King Institute of Preventive Medicine Micro-Biological Section reports 1909-11
Year: 1909
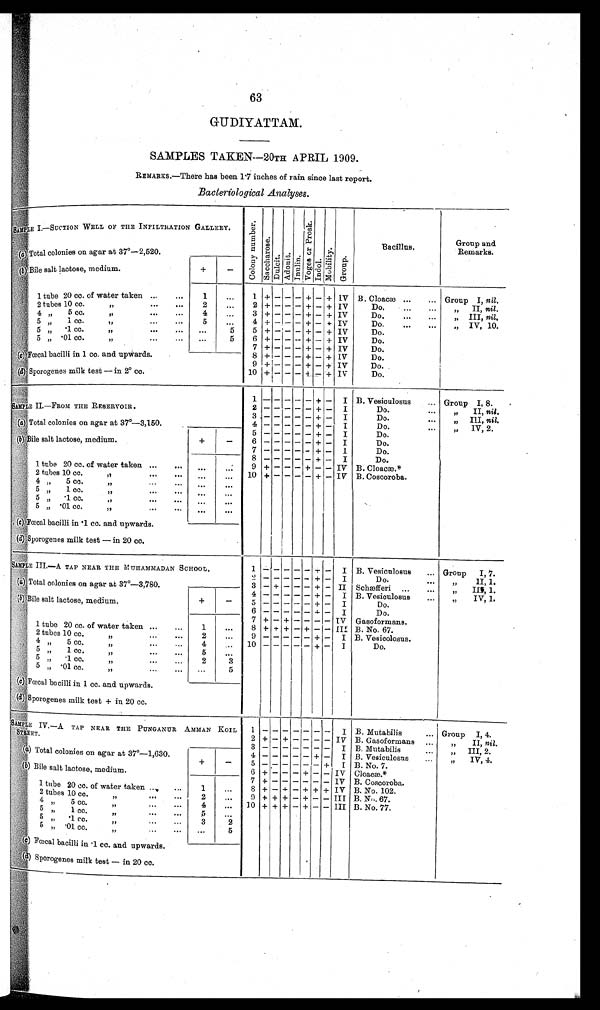
63
G UDIYATTAM.
SAMPLES TAKEN
—20TH APRIL 1909.
REMARKS.—There has been 1·7 inches of rain since last report
Bacteriological Analyses.
SAMPLE I.—SUCTION WELL OF THE INFILTRATION GALLERY.
C o l o n y n u m b e r . S a c c h a r o s e . Du l c i t . Ad o n i t e . I n u l i n . V o g e s o r P r o s k . I n d o l . M o b i l i t y . Gr oup.
Bacillus.
Group and
Remarks.
(a) Total colonies on agar at 37º—
2,520.
( b) Bi l e s al t l act os e, medi um.
+
—
1 tube 20 cc. of water taken ... . . . 1 ... 1 + — — — + —+ + IV B. Cloacæ ... ... Group I, nil.
2 tubes 10 cc.
, ,
. . .
. . . 2 ... 2 +
— — —
+ — + IV
Do. ... ...
,, II, nil.
4 „ 5 cc.
,, . . .
. . . 4
. . . 3 + — — — + — + IV
Do. ... ... „ III, nil.
5
, ,
1 c c .
, ,
. . .
. . . 5
. . . 4 + — —
—
+ — + IV
Do. ... ... „ IV, 10.
5 ,, ·1 cc. ,, ... ...
. . .
5 5 + — — — + — + IV
Do.
5
· 0 1 c c .
, ,
. . .
. . . ...
5 6 + — —
—
+ — + IV
Do.
7 + — — — + — + IV
Do.
(c) Fœcal bacilli in 1 cc. and upwards.
8 + — — — + — + IV
Do.
9 +
— — —
+ —+ + IV
Do.
(d) Sporogenes mi l k t est —i n 2° cc.
10 +
—
— — + — + IV
Do.
1 — — — — — + — I B. Vesiculosus ... Group I, 8.
SAMPLE II.—FROM THE RESERVOIR.
2
— — — — —
+ — I
Do. ... „ II, nil.
3
— — — — —
+ — I
Do. ... „ III, nil.
(a) Total colonies on agar at 37°—
3,150.
4
— — — — —
+ — I
Do. ...
IV, 2.
5
— — — — —
+ — I
Do.
(b) Bi l e sal t l act ose, medi um.
+
—
6
— — — — —
+ — I
Do.
7
—
— — — — +
—
I
Do.
8
— — — — —
+ — I
Do.
1 tube 20 cc. of water taken ...
. . . . . .
. . . 9 + — — — + — — IV B. Cloacæ.*
2 tubes 10 cc ,, . . .
. . . ... ... 10 +
— — — —
+ - IV B. Coscoroba.
4 „ 5
c c .
, ,
. . .
. . .
. . .
5 „ 1 cc.
, ,
. . .
. . . . . .
...
5
, ,
· 1 c c .
,, ...
. . . . . .
. . .
5 „
· 0 1 c c .
, ,
. . .
. . . . . . ...
(c) Fœcal bacilli in ·1 cc. and upwards.
(d) sporogenes milk test — in 20 cc.
SAMPLE III.—
A TAP NEAR THE MUHAMMADAN SCHOOL
.
1
— — — — —
+ — I B. Vesiculosus ... Group I, 7.
2
—
— — —
—
+ — I
D o . . . .
, , I I , 1 .
(a) Total colonies on agar at 37°—
3,780.
3
— —
— — — + — II Schæfferi ... ... ,,III 1.
4
— — — — —
+ — I B. Vesiculosus
, , I V , 1 .
(b) Bi l e sal t l act ose, medi um.
+
— 5
— — — — —
+ — I
Do.
6
— — — — —
+ — I
Do.
7 + — + — — — — IV Gasoformans.
1 tube 20 cc. of water taken ... ... 1 ... 8 + + + — + — — III B. No. 67.
2 tubes 10 cc.
...
...
2 ...
9
— — — — —
+ — I B. Vesicolosus.
4
, ,
5 c c .
, ,
. . .
. . . 4
. . . 10
— — — — —
+ — I
Do.
5 „ 1 cc.
... ... 5
. . .
5 ,,
· 1
c c .
, ,
. . .
. . . 2
3
5 „
· 0 1 c c .
, ,
. . .
. . . •••
5
(c) Fœcal bacilli in 1 cc. and upwards.
(d) Sporogenes milk test + in 20 cc.
SAMPLE IV.—A TAP NEAR THE PUNGANUR AMMAN KOIL STREET.
1
— — — — — — —
I B. Mutabilis ... Group I, 4.
2 + — +
— — — — IV B. Gasoformans ...
, , I I ,
n i l .
3
— — — — — — —
I B. Mutabilis
III, 2.
( a )
Total colonies on agar at 37°—
1,630.
4
— — — — — —
+ —
B. Vesiculosus ... „ IV, 4.
+
—
5
— — — — — — —
+
B. No. 7.
(b) Bile salt lactose, medium.
6 +
— — —
+
— —
IV Cloacæ.*
7 +
— — — — — —
IV B. Coscoroba.
1 tube 20 cc. of water taken ... ...
1 ...
8 + — +
—
+ +
+ IV B. No. 102.
2 tubes 10 cc.
,,
. . .
...
2 ... 9
9 + + + — + — — III B. N,.. 67.
4
5 cc.
, ,
. . .
. . . 4 ,.. 10+ + + — +
— —
III B. No. 77.
5
, ,
. . .
. . .
5
. . .
5
,,
·1 cc.
,, ... ... 3
2
5
, ,
· 0 1 c c
, ,
... . . .
. . .
5
(c) Fœcal bacilli in ·1 cc. and upwards.
(d) Sporogenes milk test — in 20 cc.